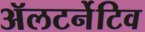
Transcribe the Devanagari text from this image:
ॲलटर्नेटिव